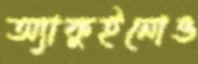
অ্যাকুইনোও